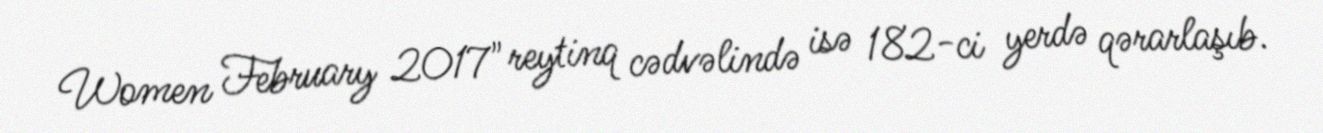
Women February 2017" reytinq cədvəlində isə 182-ci yerdə qərarlaşıb.